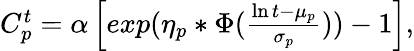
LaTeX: \begin{array}{r}{\begin{array}{r}{C_{p}^{t}=\alpha\left[exp(\eta_{p}*\Phi(\frac{\ln t-\mu_{p}}{\sigma_{p}}))-1\right],}\end{array}}\end{array}